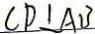
C D \bot A B